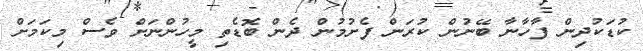
ކުޑަކުދިން ފާހާނާ ބޭނުން ކުރަން ފެށުމުން ދެން ބޮޑެތި މީހުންނަށް ވެސް މިކަމަށް